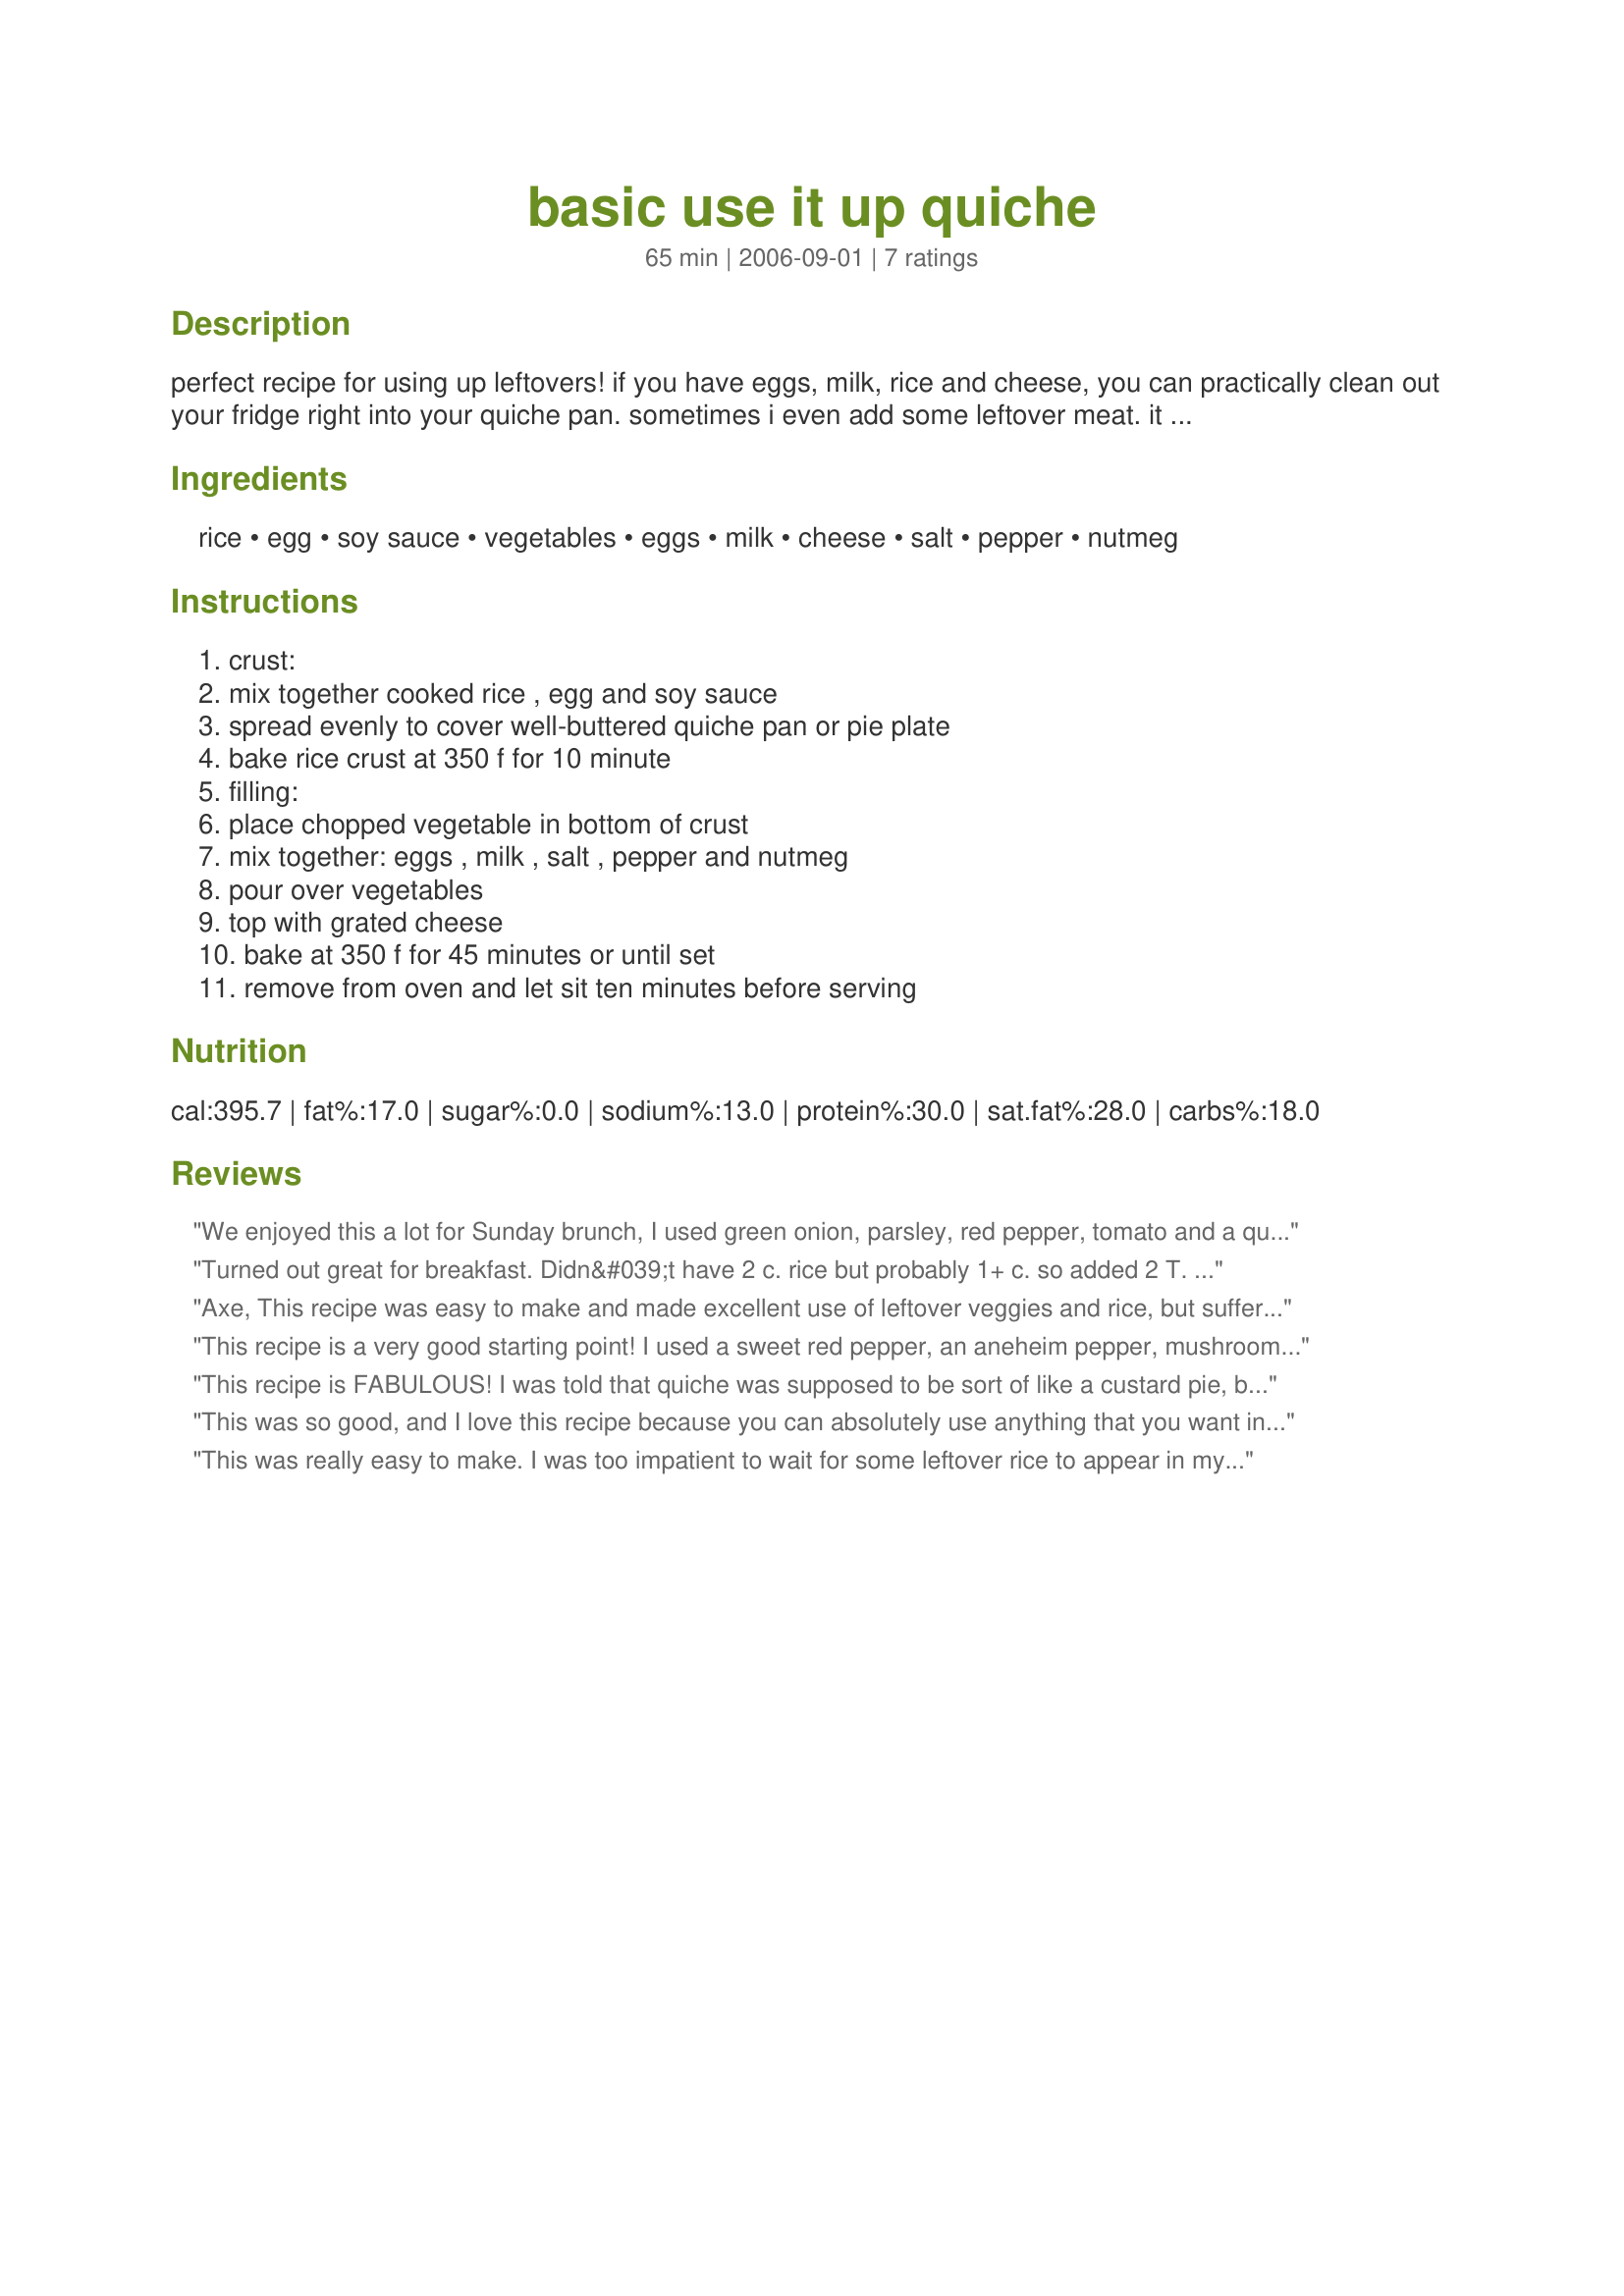
basic use it up quiche
Preparation time: 65 minutes

perfect recipe for using up leftovers! if you have eggs, milk, rice and cheese, you can practically clean out your fridge right into your quiche pan. sometimes i even add some leftover meat. it can be served fresh hot or cold or freeze it for a quick, easy meal during the week!

Ingredients:
rice, egg, soy sauce, vegetables, eggs, milk, cheese, salt, pepper, nutmeg

Steps:
crust:, mix together cooked rice , egg and soy sauce, spread evenly to cover well-buttered quiche pan or pie plate, bake rice crust at 350 f for 10 minute, filling:, place chopped vegetable in bottom of crust, mix together: eggs , milk , salt , pepper and nutmeg, pour over vegetables, top with grated cheese, bake at 350 f for 45 minutes or until set, remove from oven and let sit ten minutes before serving

Reviews:
We enjoyed this a lot for Sunday brunch, I used green onion, parsley, red pepper, tomato and a quarter cup of salsa. And of course the cheese on top, happened to have some cooked brown rice in the freezer left over from a fairly spicy jambalaia which added some zip with the salsa. I will make it again, great for leftover stuff, thanks for posting.
Turned out great for breakfast. Didn&#039;t have 2 c. rice but probably 1+ c. so added 2 T. flour for the crust. Added mushroom, onion and red pepper for the veggies which I saut&eacute;ed for a few min. Then added half a can of green chills. Added 1/2 t. cumin to the 3 eggs and 3/4 c. milk. It filled up the pie plate so couldn&#039;t have used all four eggs. Topped with Mexican cheese, baked for 33 min. served with a slice of ham.
Axe, This recipe was easy to make and made excellent use of leftover veggies and rice, but suffers a little in it's blandness. I would make it again, but next time with the addition of some fresh herbs. I have, and have tried many similar recipes and while this one is not at all bad, it is not quite in the hemisphere's of my 4 or 5 star ratings ... (once you have been on Zaar a while you will find you get more demanding of recipes). That said, it's ideal for kids and was a lovely recipe for a week day dinner. Definiately very edible, just lacking raves. I will certainly make it again, Please see my rating system, a very respectable 3 stars:) Thanks !
This recipe is a very good starting point! I used a sweet red pepper, an aneheim pepper, mushrooms, scallions, and minced garlic. I did alter/add more spices, such as 1/4 tsp of cumin and 1/4 tsp of garlic powder to the egg and milk mixture. Also, I think next time I will try adding a little flour to the crust mixture so it doesn't crumble as much. Other than these 2 alterations, the recipe is a good one! My taste-buds were thrilled.
This recipe is FABULOUS! I was told that quiche was supposed to be sort of like a custard pie, but this comes out as a rice/veg/cheese and egg layer cake. I used jasmine rice, and the teense of soy sauce just gives it incredible flavour. Not to mention that it's so filling.

It's so good, that I'm eating the green beans in it. Coming from someone who refuses to eat green beans, that's quite a compliment.

I'll just be over here purring in contentment, while I think what all I can put in it next time.
This was so good, and I love this recipe because you can absolutely use anything that you want in it. The crust was a great idea too, I really liked it because I'm not a big fan of pastry type crusts. I used roma tomatoes, potatoes, yellow and green onions, fresh baby spinach, fresh basil, and fresh rosemary topped with mozzarella and parmesan cheese. It was sooooo good. Thanks for posting!
This was really easy to make. I was too impatient to wait for some leftover rice to appear in my fridge, so I cooked some up for this recipe. :-) I also steamed some broccoli to add to it. I give this extra points because it was frugal as well as tasty. I did add some onion salt and chivesto the egg and milk mixture so it wouldn't suffer from blandness. I will definitely make this again!
